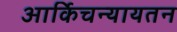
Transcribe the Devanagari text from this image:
आर्किचन्यायतन